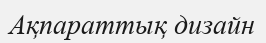
Ақпараттық дизайн